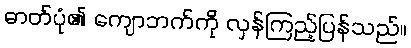
ဓာတ်ပုံ၏ ကျောဘက်ကို လှန်ကြည့်ပြန်သည်။